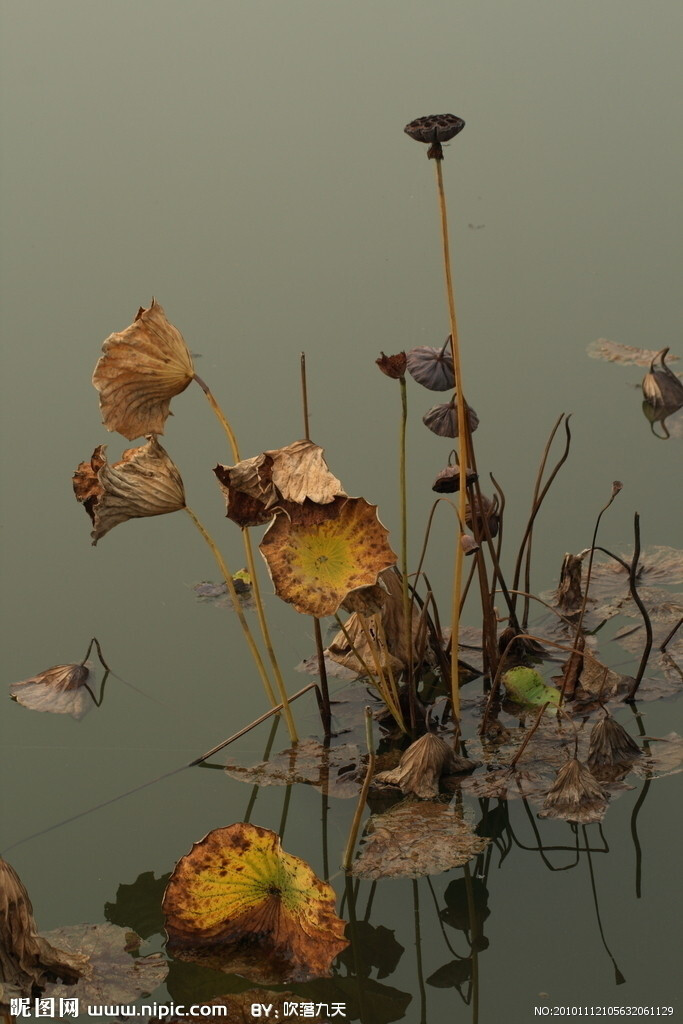
秋阴不散霜飞晚，留得枯荷听雨声。